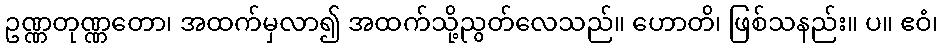
ဥဏ္ဏတုဏ္ဏတော၊ အထက်မှလာ၍ အထက်သို့ညွတ်လေသည်။ ဟောတိ၊ ဖြစ်သနည်း။ ပ။ ဧဝံ၊